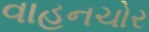
વાહનચોર